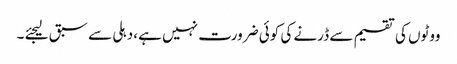
ووٹوں کی تقسیم سے ڈرنے کی کوئی ضرورت نہیں ہے ،دہلی سے سبق لیجئے ۔